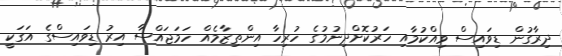
ދިރާގުން ޑިވައިސް ވިއްކުމާއި ހަރުކޮށްދިނުމުގެ ހުރިހާ އިންތިޒާމެއް ހަމަޖައްސާ އިރު ޑިވައިސްގެ އަގަކީ